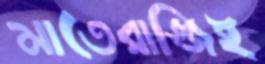
মাতেরাজ্জিই